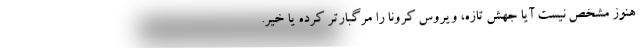
هنوز مشخص نیست آیا جهش تازه، ویروس کرونا را مرگبارتر کرده یا خیر.